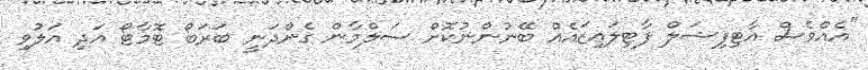
''އެއްވެސް އާޓިފިޝަލް ފާޓިލައިޒައެއް ބޭނުންނުކޮށް ސަލްމާން ގެންދަނީ ބަރަބޯ ޓޮމާޓޯ އަދި އަލުވި